Report on the working of the Ranchi Indian Mental Hospital, Kanke, in Bihar and Orissa - 1930-1940
Year: 1930
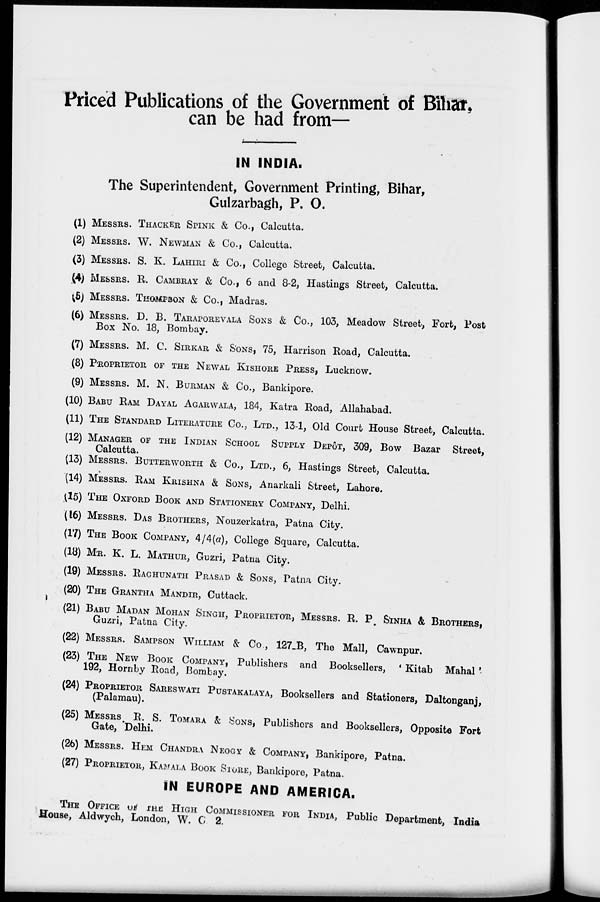
Priced Publications of the Government of Bihar,
can be had from—
—IN INDIA.
The Superintendent, Government Printing, Bihar,
Gulzarbagh, P. O.
(1) MESSRS. THACKER SPINK & CO., Calcutta.
(2) MESSRS. W. NEWMAN & Co., Calcutta.
(3) MESSRS. S. K. LAHIRI & Co., College Street, Calcutta.
(4) MESSRS. R.CAMBRAY & Co., 6 and 8-2, Hastings Street, Calcutta.
(5) MESSRS. THOMPSON & Co., Madras.
(6) MESSRS. D. B.TARAPOREVALA SONS & Co., 103, Meadow Street, Fort, Post
Box No. 18, Bombay.
(7) MESSRS. M. C. SIRKAR & SONS,75, Harrison Road, Calcutta.
(8) PROPRIETOR OF THENEWAL KISHORE PRESS, Lucknow.
(9) MESSRS. M. N.BURMAN & Co., Bankipore.
(10) BABU RAM DAYAL AGARWALA, 184, Katra Road, Allahabad.
(11) THE STANDARD LITERATURE Co., LTD., 13-1, Old Court House Street, Calcutta.
(12) MANAGER OF THE INDIAN SCHOOL SUPPLY DEPÔT, 309, Bow Bazar Street,
Calcutta.
(13) MESSRS. BUTTER WORTH & Co., LTD., 6, Hastings Street, Calcutta.
(14) MESSRS. RAM KRISHNA & SONS, Anarkali Street, Lahore.
(15) THE OXFORD BOOK AND STATIONERY COMPANY, Delhi.
(16) MESSRS.. DAS BROTHERS, Nouzerkatra, Patna City.
(17) THE BOOK COMPANY, 4/4(a), College Square, Calcutta.
(18) MR. K. L.MATHUR,Guzri, Patna City.
(19) MESSRS. RAGHUNATH PRASAD & SONS, Patna City.
(20) THE GRANTHA MANDIR,Cuttack.
(21) BABU MADAN MOHAN SINGII, PROPRIETOR, MESSRS. R. P SINHA & BROTHERS,Guzri, Patna City.
(22) MESSRS.. SAMPSON WILLIAM & Co., 127-B, THE Mall, Cawnpur.
(23) THE NEW BOOK COMPANY, Publishers and Booksellers, ' Kitab Mahal '
192, Hornby Road, Bombay.
(24)PROPRIETOR SARESWATI PUSTAKALAYA, Booksellers and Stationers, Daltonganj,
(Palamau).
(25) MESSRS. R. S. Tomara & Sons, Publishors and Booksellers, Opposite Fort
Gate, Delhi.
(26) MESSRS. HEM CHANDRA NEOGY & COMPANY, Bankipore, Patna.
(27) PROPRIETOR, KAMALA BOOK STORE, Bankipore, Patna.
IN EUROPE AND AMERICA.
THE OFFICE OF THE HIGH COMMISSIONER FOR INDIA,Public
Department, India
House, Aldwych, London, W. C 2.